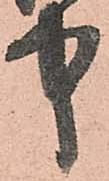
中